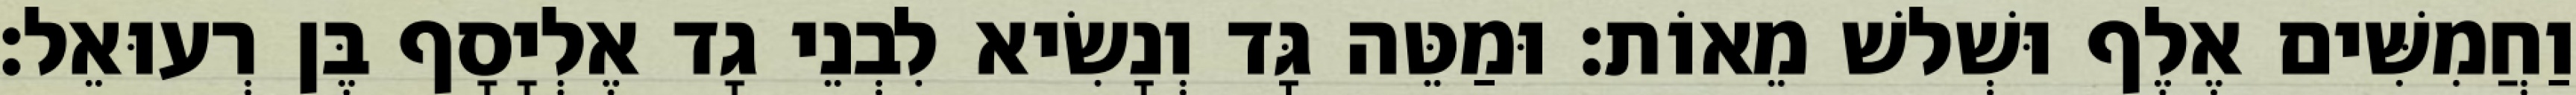
וַחֲמִשִּׁים אֶלֶף וּשְׁלשׁ מֵאוֹת׃ וּמַטֵּה גָּד וְנָשִׂיא לִבְנֵי גָד אֶלְיָסָף בֶּן רְעוּאֵל׃